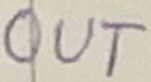
Text: OUT